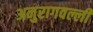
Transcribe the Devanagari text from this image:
अनुरागवल्ली